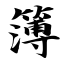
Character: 簿